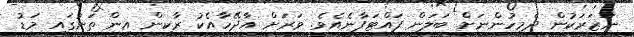
ނަޒަރަކުން ދެމީހުންނަށް ބަލަން ފައްޓަފާނެއެވެ. ވަރަށް އާދޭހާއެކު ރާކިން އިން ތަނުގައި މަޑު